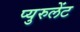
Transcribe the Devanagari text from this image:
प्युरुलेंट